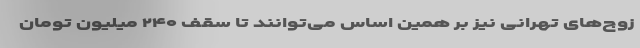
زوج‌های تهرانی نیز بر همین اساس می‌توانند تا سقف ۲۴۰ میلیون تومان